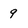
Character: 9